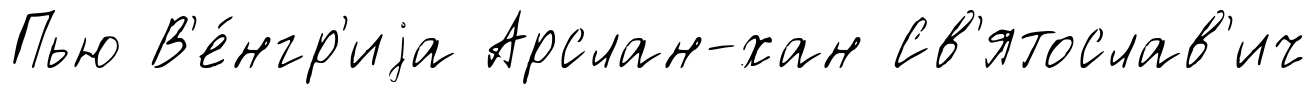
Пью В'е́нгр'иjа Арслан-хан Св'ятослав'ич